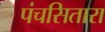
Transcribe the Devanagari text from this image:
पंचसितारा